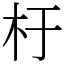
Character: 杅